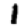
Digit: 1